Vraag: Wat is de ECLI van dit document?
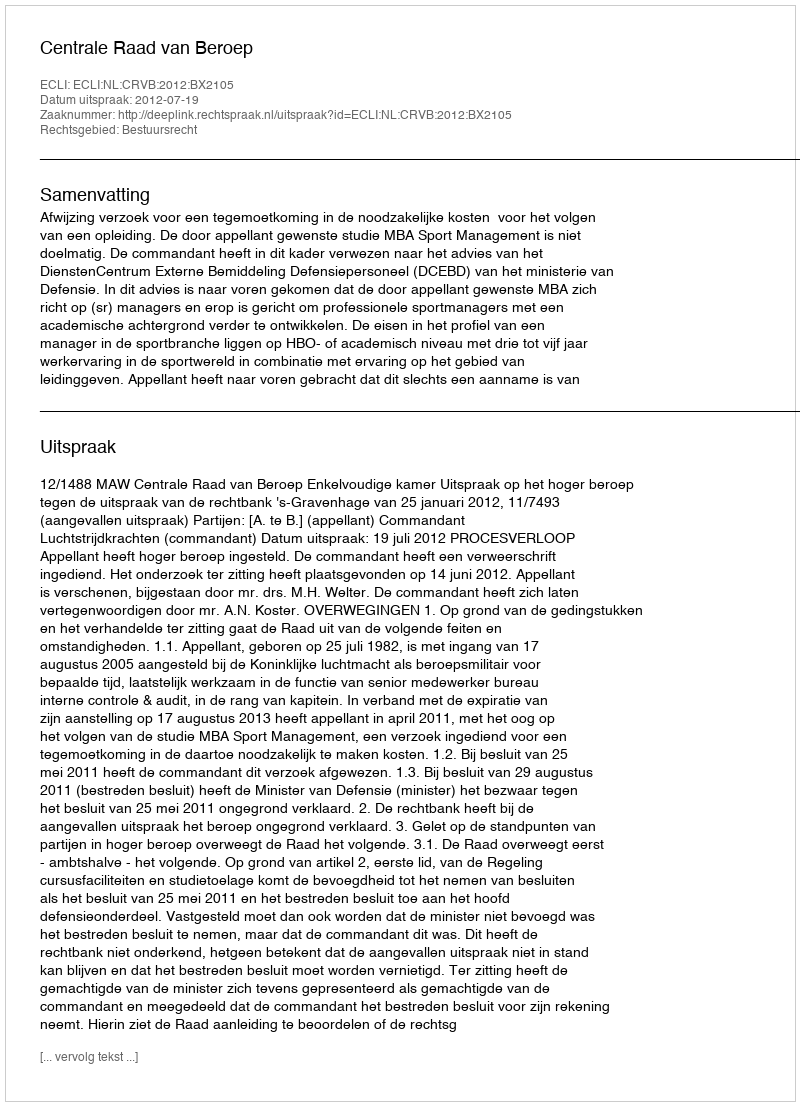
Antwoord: ECLI:NL:CRVB:2012:BX2105